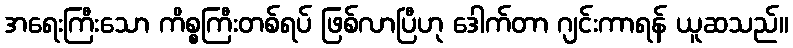
အရေးကြီးသော ကိစ္စကြီးတစ်ရပ် ဖြစ်လာပြီဟု ဒေါက်တာ ဂျင်းကာရန် ယူဆသည်။